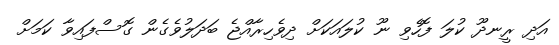
އަދި ރީނދޫ ކުލަ ފޮހެވި ނޫ ކުލައަކަށް ދިވެހިރާއްޖެ ބަދަލުވެގެން ގޮސްފައިވާ ކަމަށް